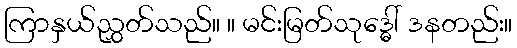
ကြာနှယ်ညွှတ်သည်။ ။ မင်းမြတ်သုဒ္ဓေါ် ဒနတည်း။